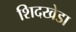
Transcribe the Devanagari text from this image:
शिदखेडा